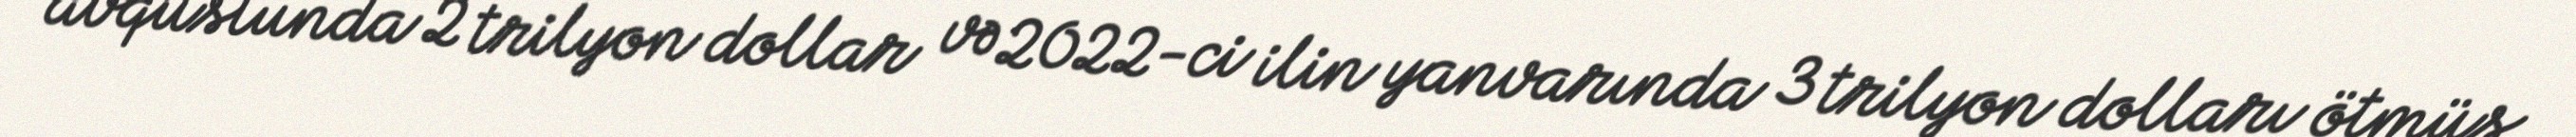
avqustunda 2 trilyon dollar və 2022-ci ilin yanvarında 3 trilyon dolları ötmüş